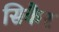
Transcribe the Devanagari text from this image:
सिकैर